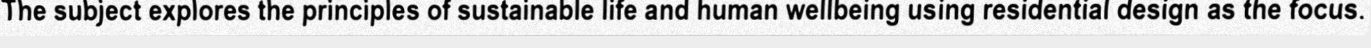
The subject explores the principles of sustainable life and human wellbeing using residential design as the focus.